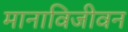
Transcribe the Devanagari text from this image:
मानाविजीवन